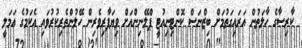
ކާރިސާގެ ހާލަތުން އަރައިގަތުމަށް ބިޒްނަސް ކޮންޓިނިއުޓީ ޕްލޭނިންއަށް ވިޔަފާރިވެރިން ހޭލުންތެރިކުރުވައި އެކަމުގެ އަމަލީ